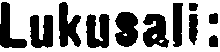
Lukusali: